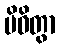
ပိဓိတွာ